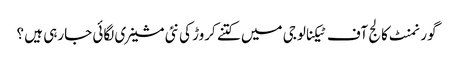
گورنمنٹ کالج آف ٹیکنالوجی میں کتنے کروڑ کی نئی مشینری لگائی جارہی ہیں ؟